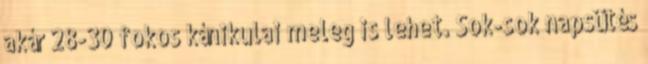
akár 28-30 fokos kánikulai meleg is lehet. Sok-sok napsütés